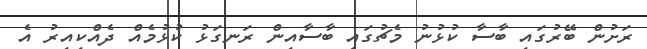
ރަށުން ބޭރުގައި ބާސާ ކުޅުނު މެޗުގައި ބާސާއިން ރަނގަޅު ކުޅުމެއް ދެއްކިއިރު އެ